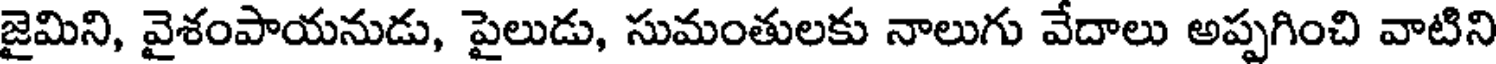
జైమిని, వైశంపాయనుడు, పైలుడు, సుమంతులకు నాలుగు వేదాలు అప్పగించి వాటిని